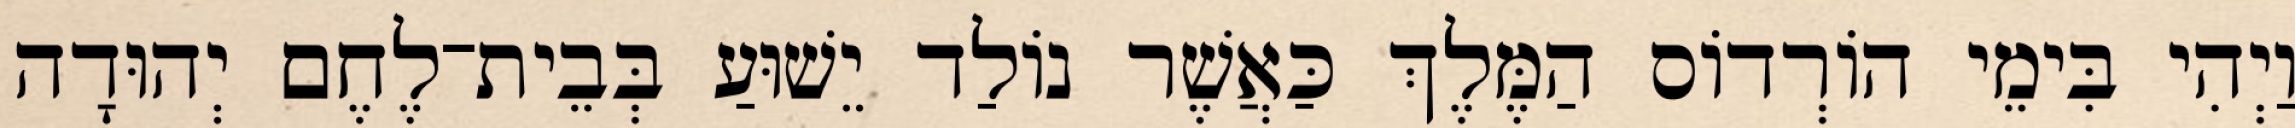
וַיְהִי בִּימֵי הוֹרְדוֹס הַמֶּלֶךְ כַּאֲשֶׁר נוֹלַד יֵשׁוּעַ בְּבֵית־לֶחֶם יְהוּדָה